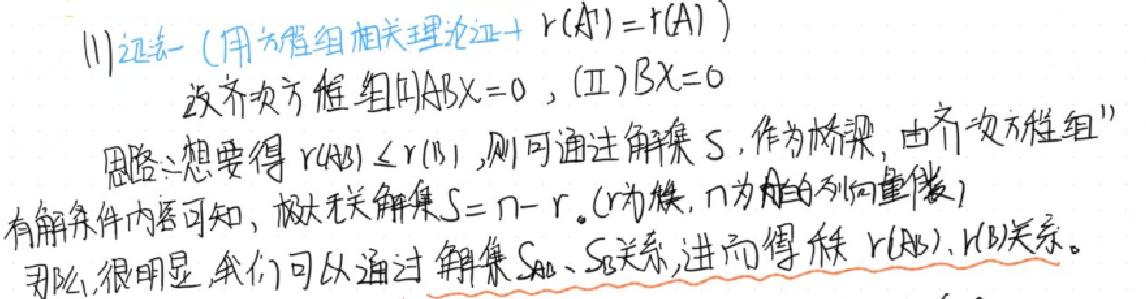
(1)证法一 (用方程组相关理论证 + $r(A^T)=r(A)$)
设齐次方程组(Ⅰ)$ABX = 0$, (Ⅱ)$BX = 0$
思路:想要得$r(AB)\leq r(B)$,则可通过解集$S$,作为桥梁,由齐次方程组”
有解条件内容可知,极大无关解集$S=n - r$.( $r$为秩,$n$为$A$的列向量数)
那么,很明显,我们可以通过解集$S_{AB}$、$S_{B}$关系,进而得秩$r(AB)$、$r(B)$关系。